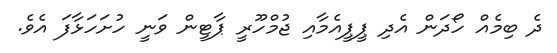
ދެ ބިމެއް ހޯދަން އެދި ޕީޕީއެމާއި ޖުމްހޫރީ ޕާޓީން ވަނީ ހުށަހަޅާފަ އެވެ.